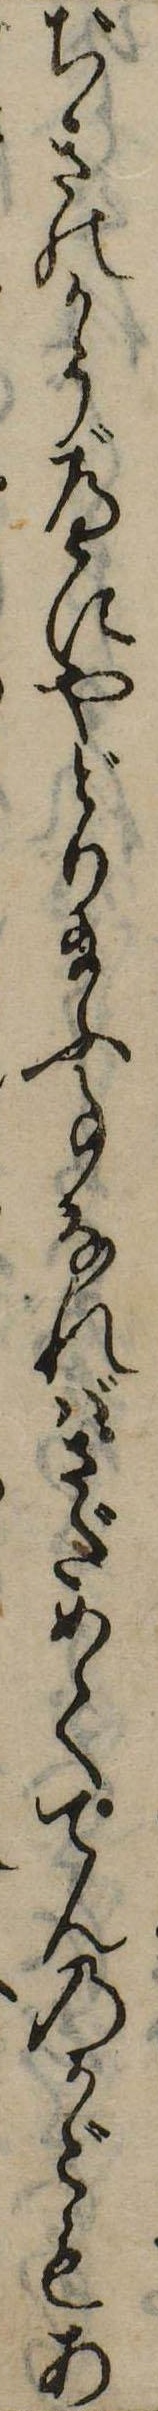
ぢきのかうべにやどり給ふ事なればさだめててんのかごもあ